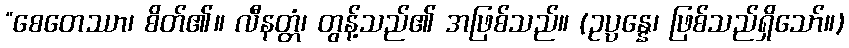
“စေတေဿာ၊ စိတ်၏။ လီနတ္တံ၊ တွန့်သည်၏ အဖြစ်သည်။ (ဥပ္ပန္နေ၊ ဖြစ်သည်ရှိသော်။)